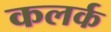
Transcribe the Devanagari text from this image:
कलर्क